Source: Handwritten
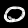
Digit: ၀ (0)